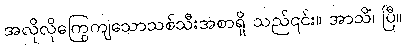
အလိုလိုကြွေကျသောသစ်သီးအစာရှိ သည်၎င်း။ အာသိံ၊ ပြီ။